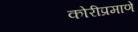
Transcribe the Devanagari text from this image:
कोरीप्रमाणे